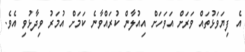
އެ ފިޔަވަޅުތައް ވަރަށް އަވަހަށް އިއުލާން ކުރައްވާނެ ކަމަށް އުމަރު ވިދާޅުވި އެވެ.